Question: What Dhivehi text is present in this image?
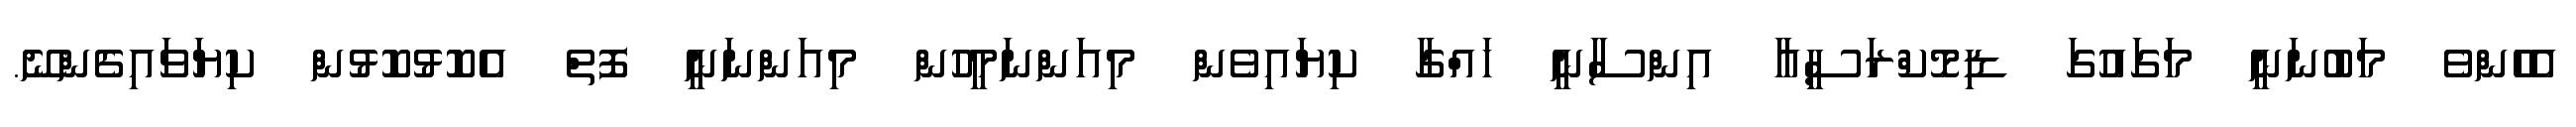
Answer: އެހެންވެ މަބުނަނީ މަގައުގަ ޑިމޮކްރަސީއާ އިންސާނީ ހައްގާ ކިޔައިވެން މިއަންނަމީހުން މިއަންނަނީ ފޮތް އެކޮޅުކޮޅުން ކިޔަވައިގެންނޭ.